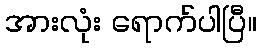
အားလုံး ရောက်ပါပြီ။